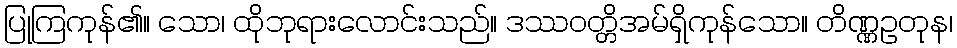
ပြုကြကုန်၏။ သော၊ ထိုဘုရားလောင်းသည်။ ဒဿဝတ္တိအမ်ရှိကုန်သော။ တိဏ္ဏဥတုန၊